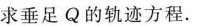
求垂足Q的轨迹方程.